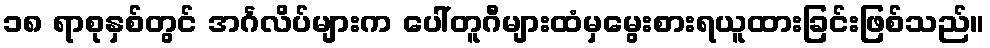
၁၈ ရာစုနှစ်တွင် အင်္ဂလိပ်များက ပေါ်တူဂီများထံမှမွေးစားရယူထားခြင်းဖြစ်သည်။